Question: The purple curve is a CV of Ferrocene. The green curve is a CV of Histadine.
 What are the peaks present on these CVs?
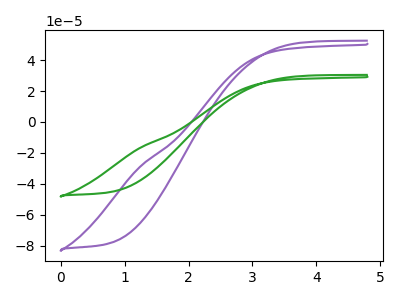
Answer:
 <answer>The purple curve "Ferrocene" has no peaks. The green curve "Histadine" has no peaks.</answer>
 <eval></eval>